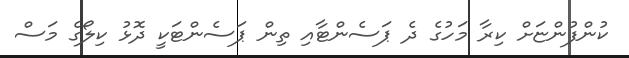
ކުންފުންޏަށް ކިރާ މަހުގެ ދެ ޕަސެންޓާއި ތިން ޕަސެންޓަކީ ދޮޅު ކިލޯގެ މަސް